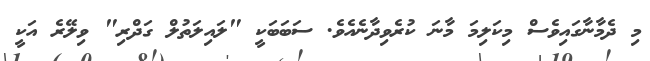
މި ދެމާނާގައިވެސް މިކަލިމަ މާނަ ކުރެވިދާނެއެވެ. ސަބަބަކީ "ލައިލަތުލް ގަދްރި" ވިލޭރެ އަކީ